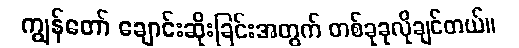
ကျွန်တော် ချောင်းဆိုးခြင်းအတွက် တစ်ခုခုလိုချင်တယ်။